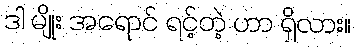
ဒါ မျိုး အရောင် ရင့်တဲ့ ဟာ ရှိလား။